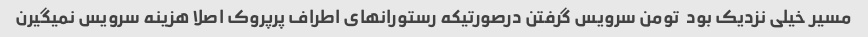
مسیر خیلی نزدیک بود  تومن سرویس گرفتن درصورتیکه رستورانهای اطراف پرپروک اصلا هزینه سرویس نمیگیرن